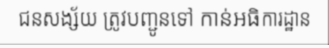
ជនសង្ស័យ ត្រូវបញ្ជូនទៅ កាន់អធិការដ្ឋាន